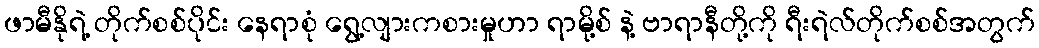
ဖာမီနိုရဲ့ တိုက်စစ်ပိုင်း နေရာစုံ ရွေ့လျားကစားမှုဟာ ရာမို့စ် နဲ့ ဗာရာနီတို့ကို ရီးရဲလ်တိုက်စစ်အတွက်